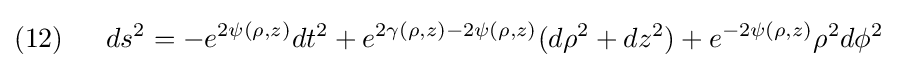
(12)\;\;\quad ds^{2}=-e^{2\psi (\rho ,z)}dt^{2}+e^{2\gamma (\rho ,z)-2\psi (\rho ,z)}(d\rho ^{2}+dz^{2})+e^{-2\psi (\rho ,z)}\rho ^{2}d\phi ^{2}